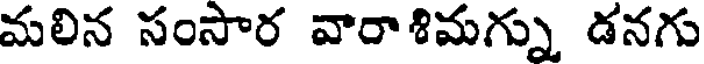
మలిన సంసార వారాశిమగ్ను డనగు